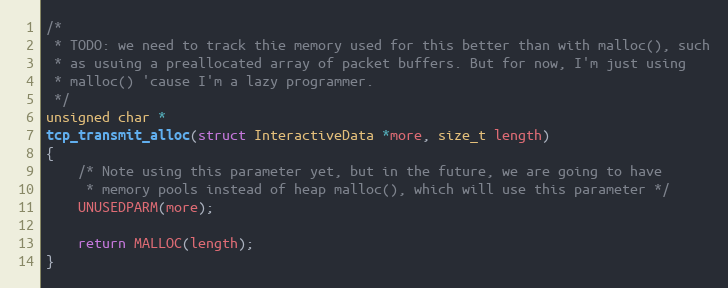
Language: C
/*
 * TODO: we need to track thie memory used for this better than with malloc(), such
 * as usuing a preallocated array of packet buffers. But for now, I'm just using
 * malloc() 'cause I'm a lazy programmer.
 */
unsigned char *
tcp_transmit_alloc(struct InteractiveData *more, size_t length)
{
    /* Note using this parameter yet, but in the future, we are going to have
     * memory pools instead of heap malloc(), which will use this parameter */
    UNUSEDPARM(more);

    return MALLOC(length);
}